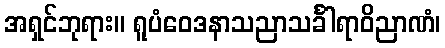
အရှင်ဘုရား။ ရူပံဝေဒနာသညာသင်္ခါရာဝိညာဏံ၊